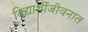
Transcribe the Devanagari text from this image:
विद्यार्थीजीवनात